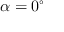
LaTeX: \alpha = 0 ^ { \circ }